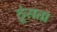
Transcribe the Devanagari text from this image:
ठूंसता